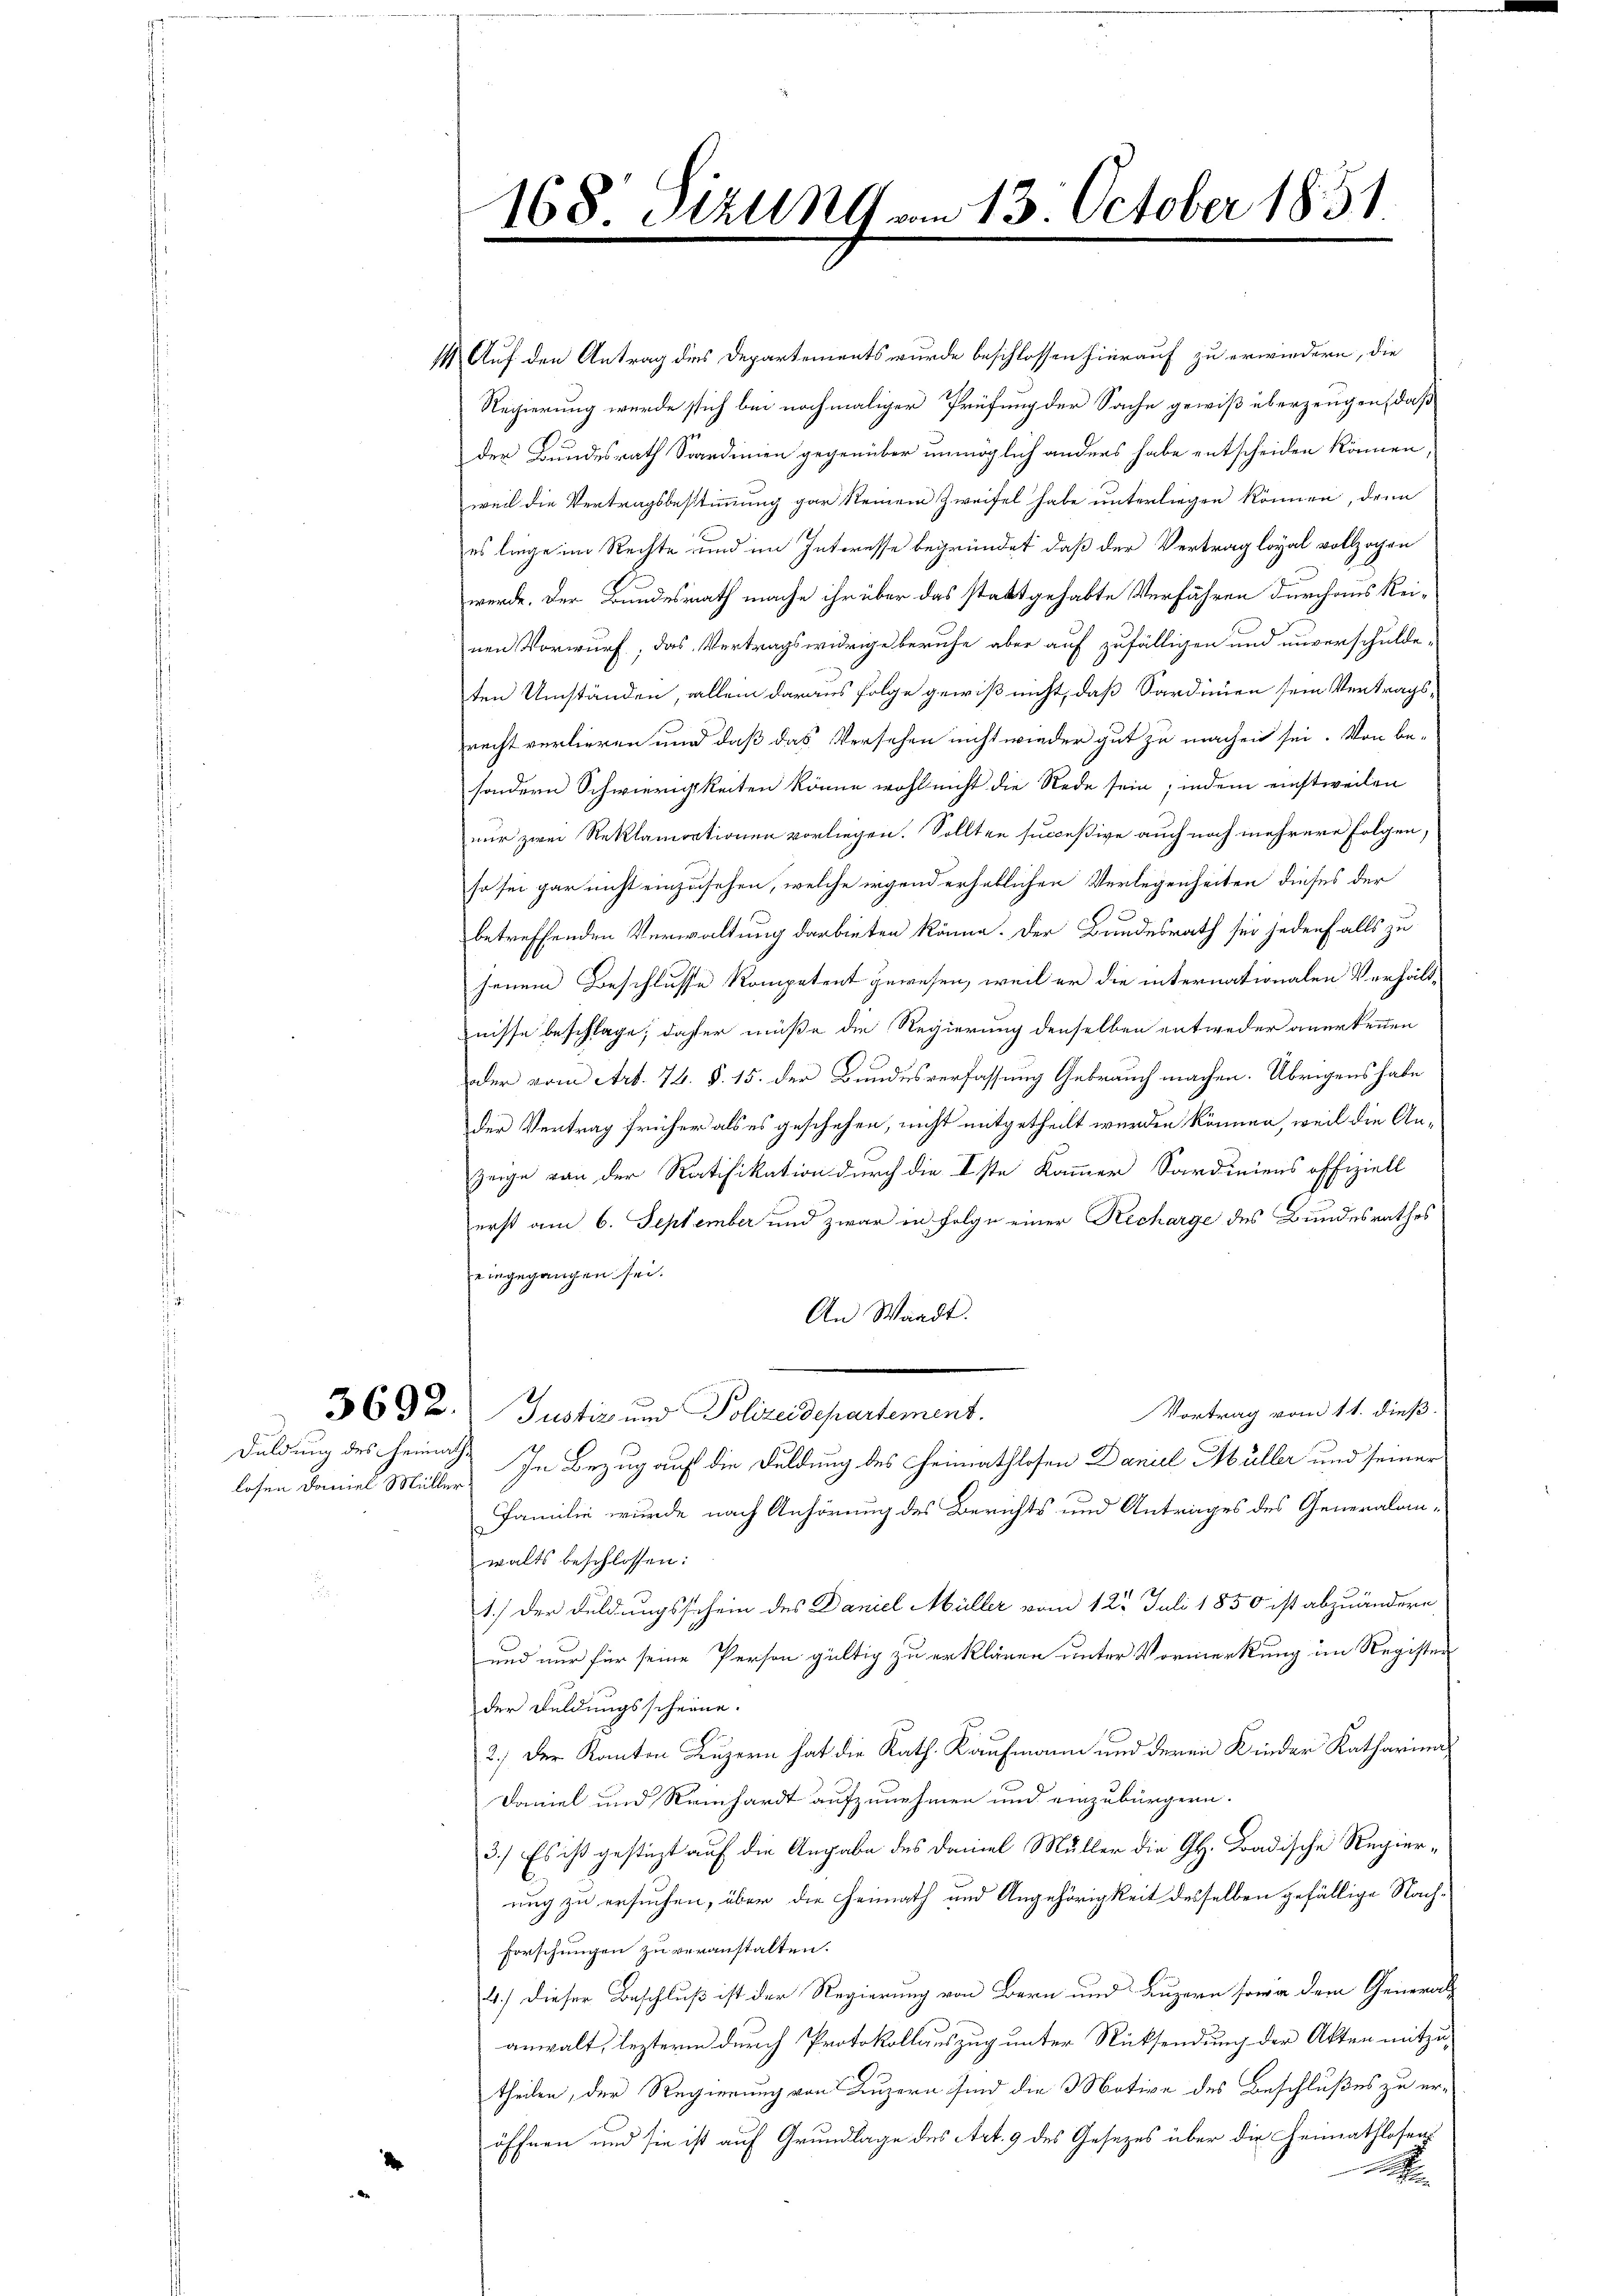
Duldung des Heimathslosen Daniel Müller

14 Auf den Antrag des Departements wurde beschlossen hierauf zu erwiedern, die
Regierung wurde sich bei nochmaliger Prüfung der Sache gewiß überzeugen, daß
der Bundesrath Scardinien gegenüber unmöglich anders habe entscheiden können,
weil die Vertragsbestimmung gar keinem Zweifel habe unterliegen können, denn
es liege im Rechte und im Interesse begründet, daß der Vertrag loyal vollzogen
werde. Der Bundesrath mache ihr über das stattgehabte Verfähren durchaus keinen Vorwurf, das Vertragswidrige beruhe aber auf zufälligen und unverschuldeten Umständen, allein daraus folge gewiß nicht, daß Sardinien sein Vertragsrecht verlieren und daß das Versehen nicht wieder gut zu machen sei. Von be-
sondern Schwierigkeiten könne wohl nicht die Rede sein; indem einstweilen
nur zwei Reklamationen vorliegen. Sollten succeßive auch noch mehrere Folgen.
so sei gar nicht einzusehen, welche irgend erheblichen Verlegenheiten dieses der
betreffenden Verwaltung darbieten könne. Der Bundesrath sei jedenfalls zu
jenem Beschlusse Kompetent gewesen, weil er die internationalen Verhältnisse beschlage; daher müße die Regierung denselben entweder anerkennen
oder vom Art. 74. §. 15. der Bundesverfassung Gebrauch machen. Übrigens habe
der Vertrag früher als es geschehen, nicht mitgetheilt werden können, weil die An¬
Zeige von der Ratifikation durch die Iste Kammer Sardiniens offiziell
erst am 6. September und zwar in Folge einer Recharge des Bundesrathes
eingegangen sei.
An Waadt.
Vortrag vom 11. dieß.
3692. Justiz und Polizeidepartement.
In Bezug auf die Fuldung des Heimathlosen Danuel Müller und seiner
Familie wurde nach Anhörung des Berichts und Antrages des Generalanwalts beschlossen:
1.) Der Duldungsschein des Daniel Müller vom 12. Juli 1850 ist abzuändern
und nur für seine Person gültig zu erklären unter Vormerkung im Register
der Feldungsscheine.
2.) Der Kanton Luzern hat die Rath. Kaufmann und deren Kinder Katharina¬
Daniel und Reinhardt aufzunehmen und einzubürgern.
3.) Es ist gestüzt auf die Angabe des Daniel Müller die GH. Badische Regieruug zu ersuchen, über die Heimath und Angehörigkeit desselben gefällige Nach¬
Forschungen zu veranstalten.
4.) Dieser Beschluß ist der Regierung von Bern und Luzern sowa dem Generalanwalt, lezterm durch Protokollauszug unter Rücksendung der Akten mitzu-
theilen, der Regierung von Luzern sind die Motive des Beschlußes zu eröffnen und sie ist auf Grundlage des Art. 9 des Gesezes über die Heimathlosen
A

168 Sizung vom 13. October 1851